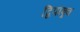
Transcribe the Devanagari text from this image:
द्विपाश्र्व